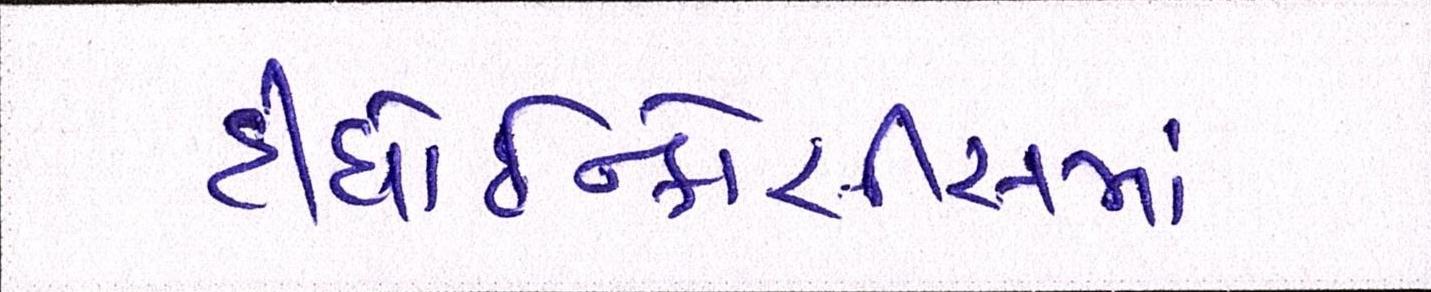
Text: દીધોઇન્ફોસીસમાં